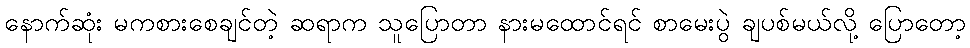
နောက်ဆုံး မကစားစေချင်တဲ့ ဆရာက သူပြောတာ နားမထောင်ရင် စာမေးပွဲ ချပစ်မယ်လို့ ပြောတော့